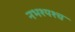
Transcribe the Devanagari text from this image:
नभश्यश्च